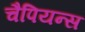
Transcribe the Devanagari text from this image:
चैपियन्स